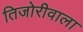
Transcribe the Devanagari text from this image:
तिजोरीवाला